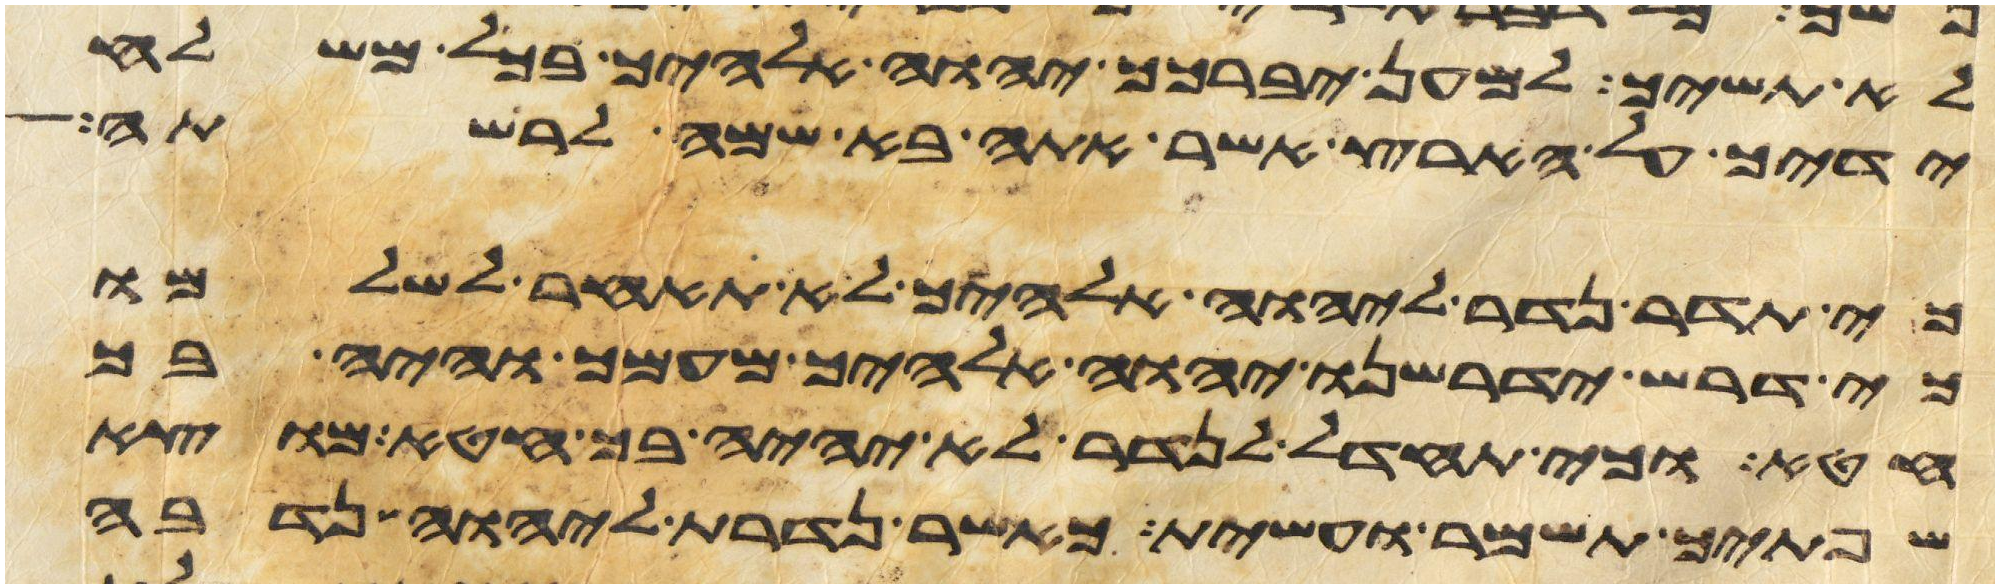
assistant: לא תשיך למען יברכך יהוה אלהיך בכל משלח
ידיך על הארץ אשר אתה בא שמה לרשתה
כי תדר נדר ליהוה אלהיך לא תאחר לשלמו
כי דרש ידרשנו יהוה אלהיך מעמך והיה בך
חטא וכי תחדל לנדר לא יהיה בך חטא מוצא
שפתיך תשמר ועשית כאשר נדרת ליהוה נדבה